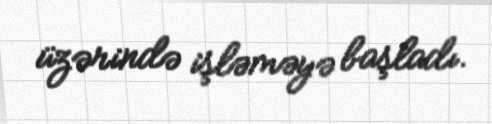
üzərində işləməyə başladı.